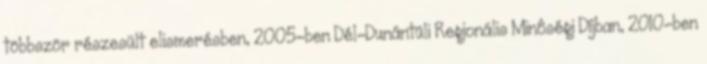
többször részesült elismerésben, 2005-ben Dél-Dunántúli Regionális Minôségi Díjban, 2010-ben